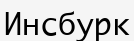
Инсбурк